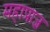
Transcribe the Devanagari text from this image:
महाप्राज्ञ